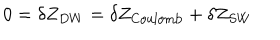
LaTeX: 0 = \delta Z _ { D W } = \delta Z _ { \mathrm { C o u l o m b } } + \delta Z _ { S W }